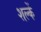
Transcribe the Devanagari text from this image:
शल्कें